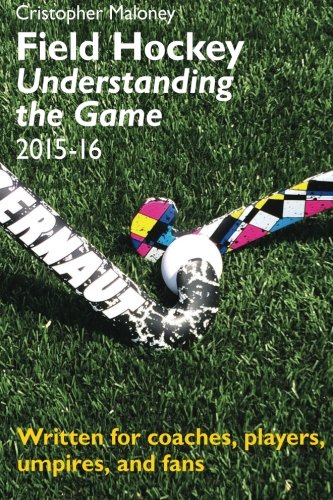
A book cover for Field Hockey: Understanding the Game 2015-16; Mr. Cristopher Maloney; Sports & Outdoors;